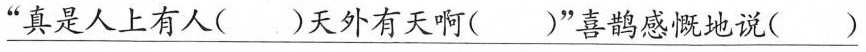
\underline{”真是人上有人()天外有天啊(”喜鹊感慨地说()}